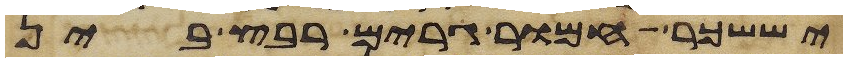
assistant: יששכר חמור גרים רבץ בין